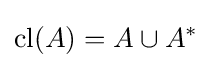
\operatorname {cl} (A)=A\cup A^{*}